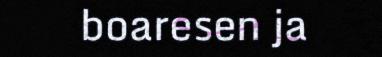
boaresen ja